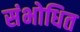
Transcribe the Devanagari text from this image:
संभोधित